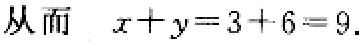
从而 \(x + y = 3 + 6 = 9.\)